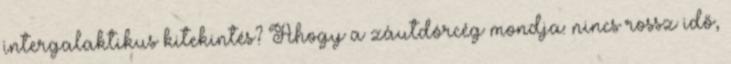
intergalaktikus kitekintés? Ahogy a záutdórcég mondja: nincs rossz idő,